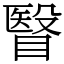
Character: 瞖